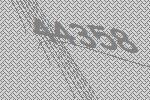
44358